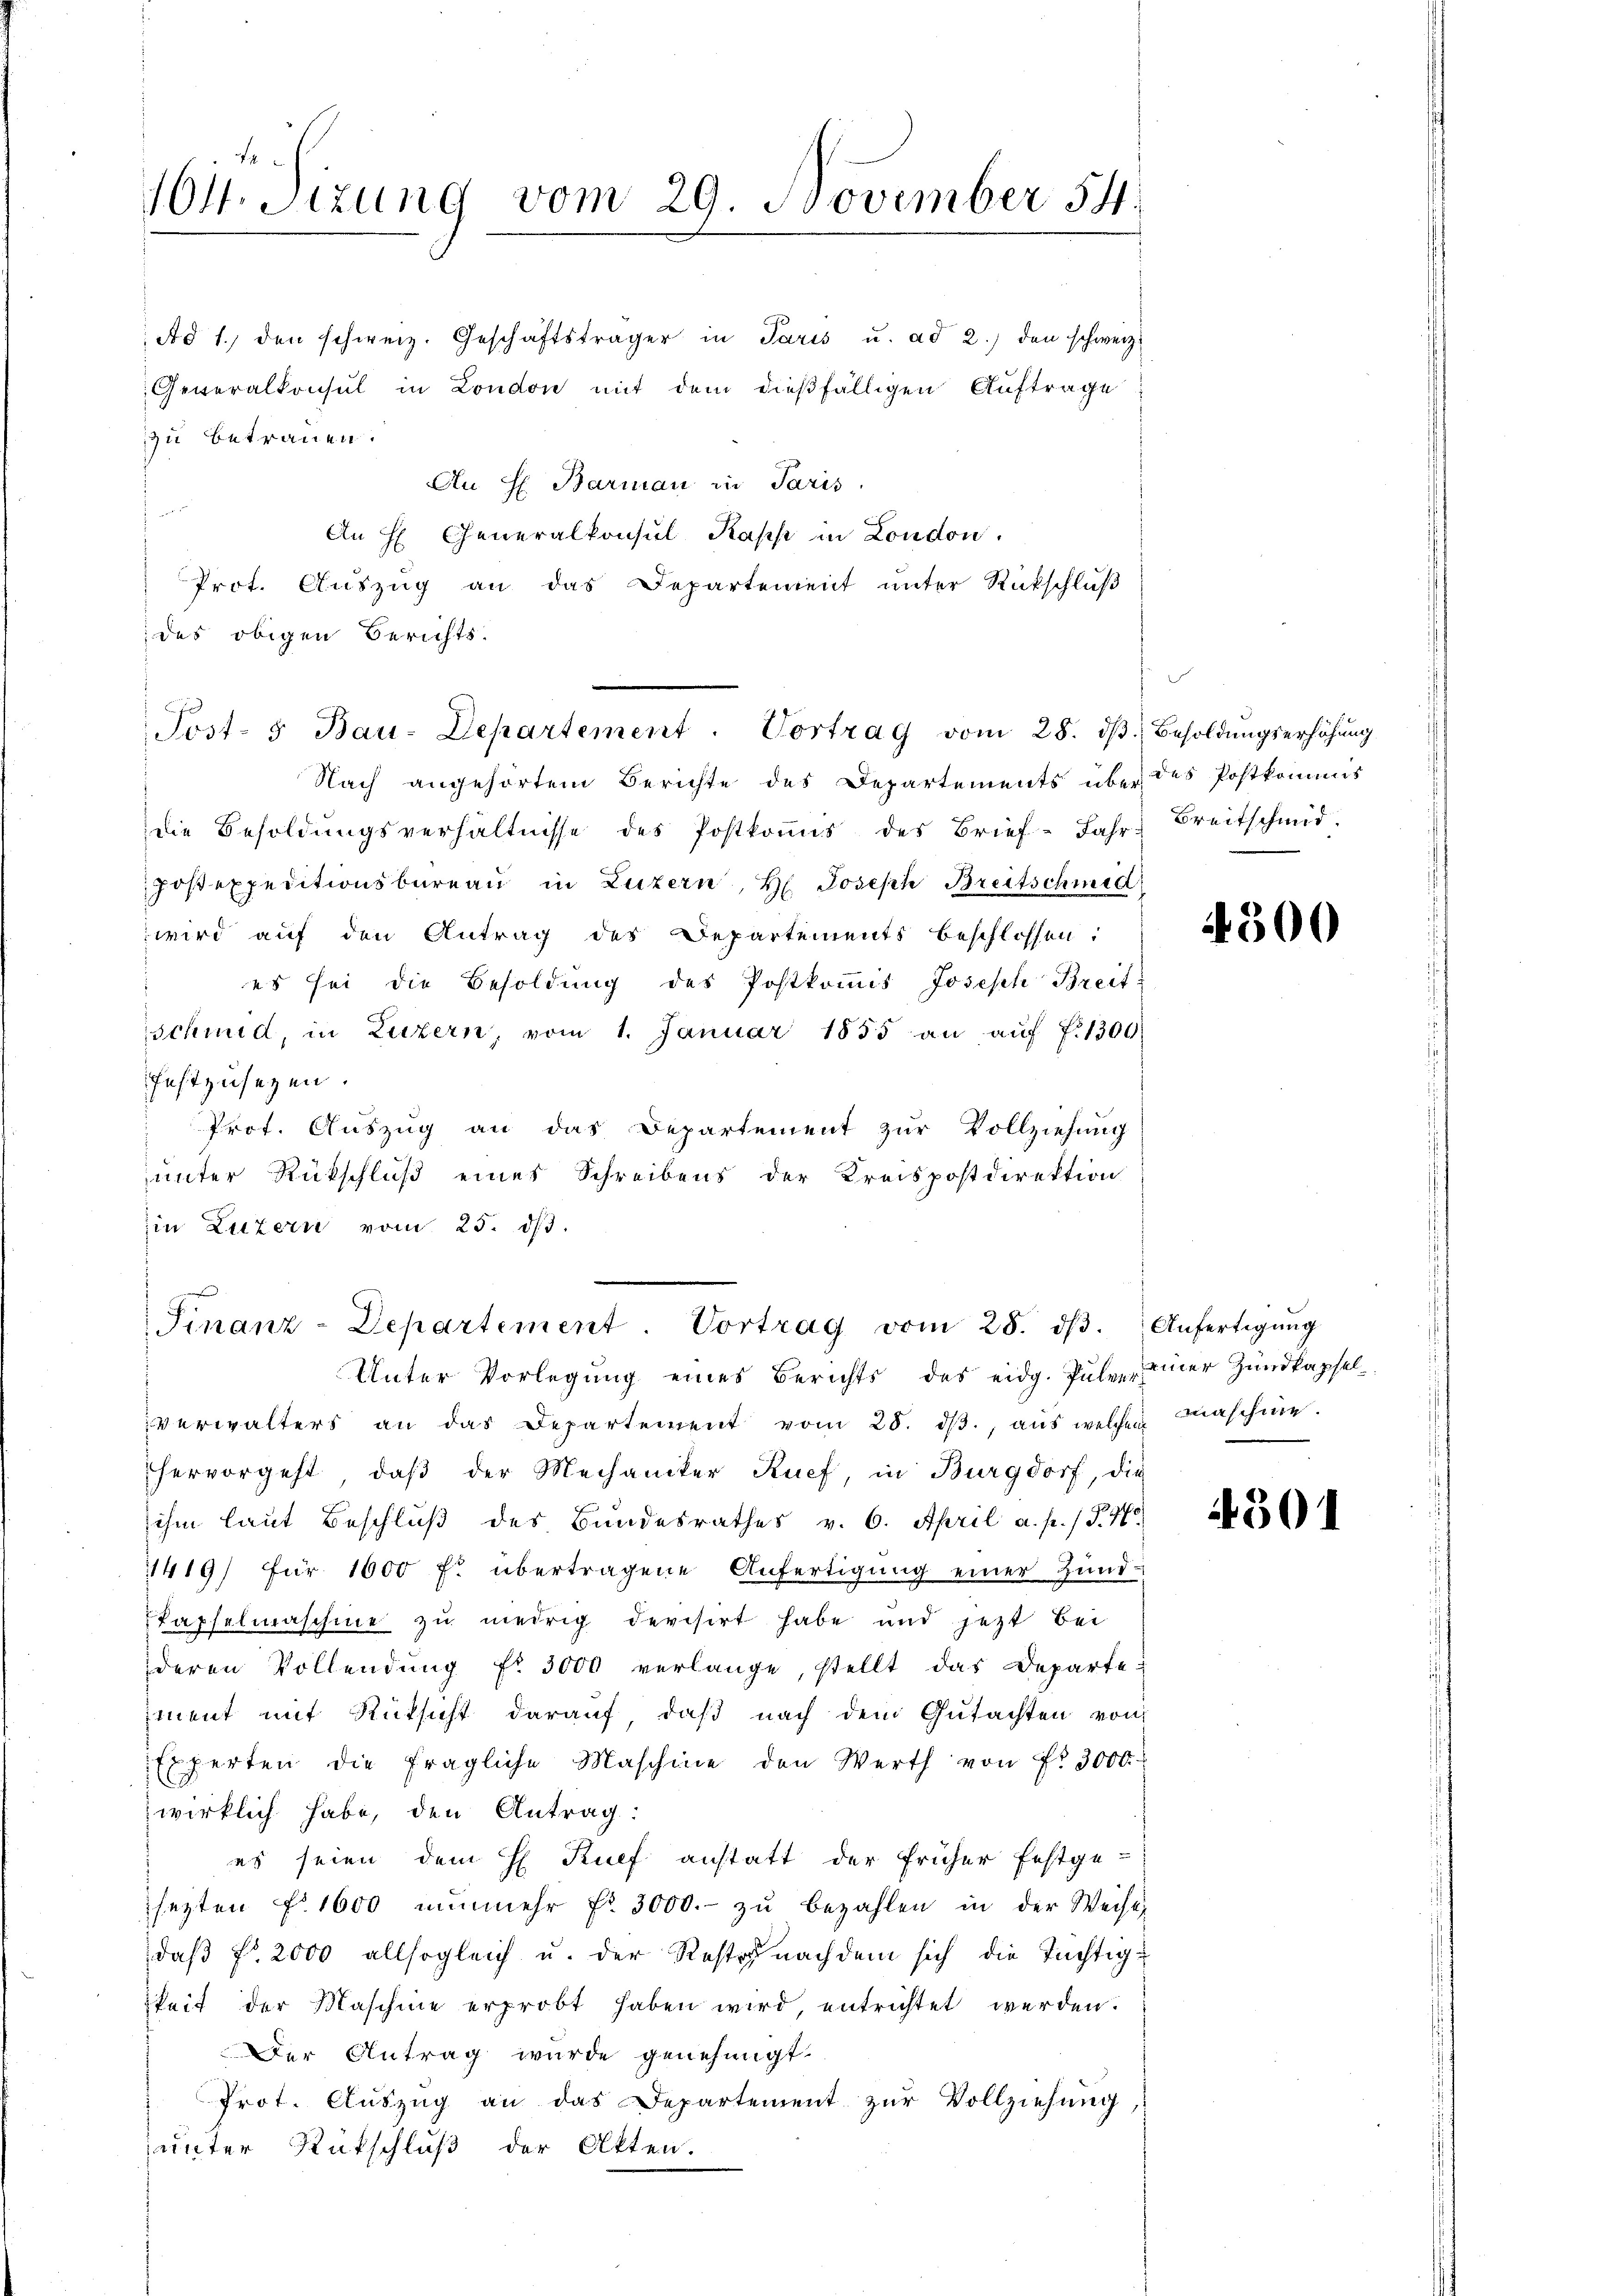
1
101. Sitzung vom 29. November 54.
e

Post- & Bau-Departement. Vortrag vom 28. dβ. Besoldungserhöhung

Ad 1., den schweiz. Geschäftsträger in Paris u. ad 2.) den schweiz.
Generalkonsul in London mit dem dießfälligen Auftrage
zu betrauen.
An H. Barman in Paris
.
An H Generalkonsul Kaps in London.
Prot. Auszug an das Departement unter Rückschluß
des obigen Berichts-
Nach angehörtem Berichte des Departements über des Postkommis
die Besoldŭngsverhältnisse des Postkoṁis des Brief-Jahr Breitschmid
Poßexpeditionsbüreau in Luzern, H. Joseph Breitschmid
wird auf den Antrag des Departements beschlossen:
es sei die Besoldung des Postkommis Joseph Breit
schmid, in Luzern, vom 1. Januar 1855 an aŭf f. 1300
festzusezen.
Prof. Auszug an das Departement zur Vollziehung
unter Rückschluß eines Schreibens der Kreispostdirektion
in Luzern vom 25. ds.
Finanz-Departement. Vortrag vom 28. dβ. Anfertigŭng
Unter Vorlegŭng eines Berichts des eidg. Pulen einer Zundkapselverwalters an das Departement vom 25. dβ aŭs welchen Maschine.
hervorgeht, daβ der Mechaniker Ruef, in Burgdorf, die
ihm laut Beschluß des Bundesrathes v. 6. April a. p. / N. 470
1419/ für 1600 fl übertragene Anfertigung einer Hund¬
Kapselmaschine zu niedrig devisirt habe und jetzt bei
deren Vollendŭng fr. 3000 verlange, stellt das Departe
ment mit Rücksicht darauf, daß nach dem Gutachten von
Experten die fragliche Maschine den Werth von Fr. 3000
wirklich habe, den Antrag:
es seien dem H Ruef anstatt der früher festge-
sezten Fr. 1600 nŭnmehr fr. 3000.- zŭ bezahlen in der Weisen
daß fr. 2000 allsogleich u. der Reste nachdem sich die Tüchtigkeit der Maschine erprobt haben wird, entrichtet werden.
Der Antrag wurde genehmigt.
Prot. Aŭszŭg an das Departement zŭr Vollziehŭng
unter Rutschluß der Atten.

4300

4301